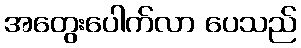
အတွေးပေါက်လာ ပေသည်